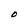
Character: O